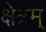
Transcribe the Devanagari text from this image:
क्षेत्रम्